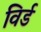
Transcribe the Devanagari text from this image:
विर्ड